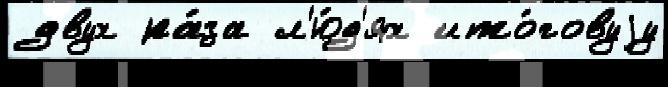
двух ра́за л'ю́д'ях ито́говуjу